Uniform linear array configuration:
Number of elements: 12
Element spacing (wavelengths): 0.25
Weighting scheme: hann
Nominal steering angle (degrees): -30
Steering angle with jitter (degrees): -30.035
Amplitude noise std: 0.05
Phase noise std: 0.05

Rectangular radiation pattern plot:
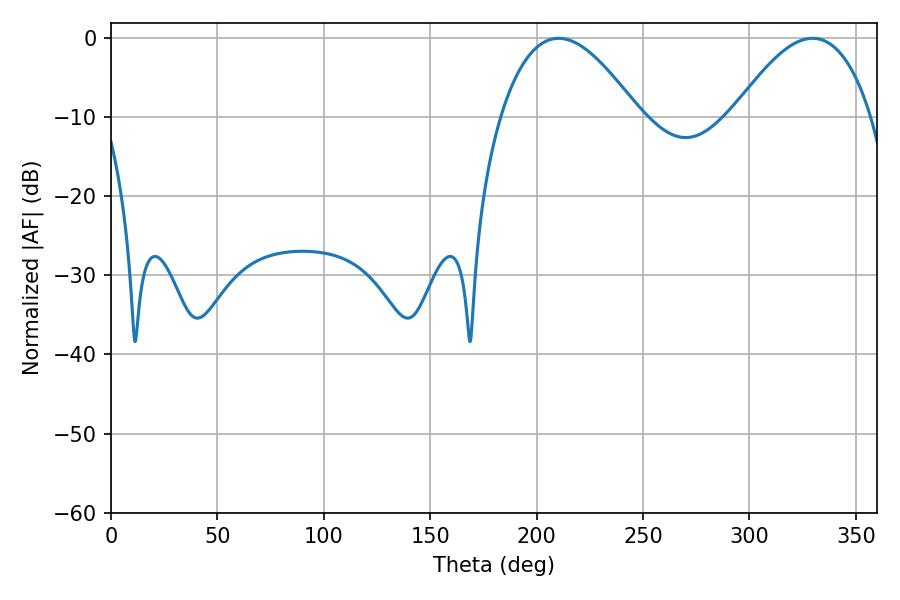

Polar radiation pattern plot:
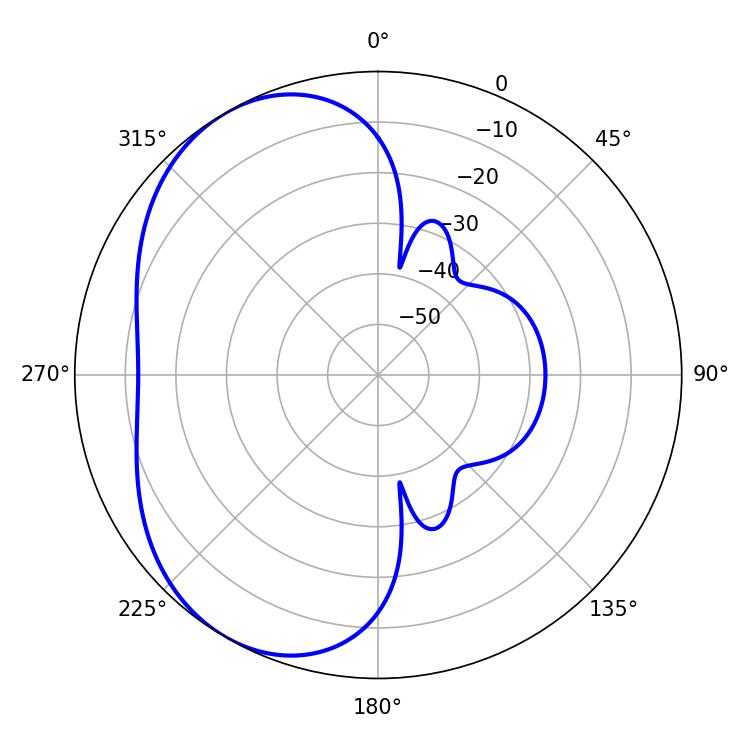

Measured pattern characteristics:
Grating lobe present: FALSE
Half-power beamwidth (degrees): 35.64
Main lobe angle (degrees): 210.42